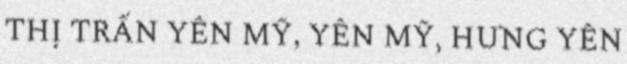
THỊ TRẤN YÊN MỸ, YÊN MỸ, HƯNG YÊN